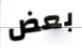
بعض